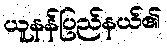
ယူနန်ပြည်နယ်၏